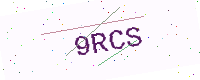
Text: 9RCS